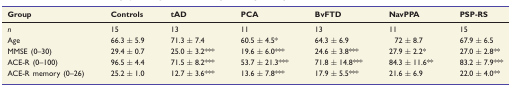
<table><thead><tr><td><b>Group</b></td><td><b>Controls</b></td><td><b>tAD</b></td><td><b>PCA</b></td><td><b>BvFTD</b></td><td><b>NavPPA</b></td><td><b>PSP-RS</b></td></tr></thead><tbody><tr><td><i>n</i></td><td>15</td><td>13</td><td>11</td><td>13</td><td>11</td><td>15</td></tr><tr><td>Age</td><td>66.3 ± 5.9</td><td>71.3 ± 7.4</td><td>60.5 ± 4.5*</td><td>64.3 ± 6.9</td><td>72 ± 8.7</td><td>67.9 ± 6.5</td></tr><tr><td>MMSE (0–30)</td><td>29.4 ± 0.7</td><td>25.0 ± 3.2***</td><td>19.6 ± 6.0***</td><td>24.6 ± 3.8***</td><td>27.9 ± 2.2*</td><td>27.0 ± 2.8**</td></tr><tr><td>ACE-R (0–100)</td><td>96.5 ± 4.4</td><td>71.5 ± 8.2***</td><td>53.7 ± 21.3***</td><td>71.8 ± 14.8***</td><td>84.3 ± 11.6**</td><td>83.2 ± 7.9***</td></tr><tr><td>ACE-R memory (0–26)</td><td>25.2 ± 1.0</td><td>12.7 ± 3.6***</td><td>13.6 ± 7.8***</td><td>17.9 ± 5.5***</td><td>21.6 ± 6.9</td><td>22.0 ± 4.0**</td></tr></tbody></table>